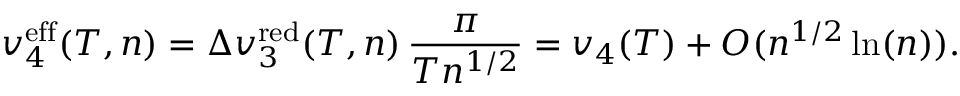
v _ { 4 } ^ { \mathrm { e f f } } ( T , n ) = \Delta v _ { 3 } ^ { \mathrm { r e d } } ( T , n ) \, \frac { \pi } { T n ^ { 1 / 2 } } = v _ { 4 } ( T ) + { \cal O } ( n ^ { 1 / 2 } \ln ( n ) ) .